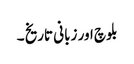
بلوچ اور زبانی تاریخ ۔